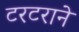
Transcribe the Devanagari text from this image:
टरटराने